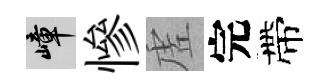
嶂慘虗完帶